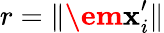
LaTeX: r=\Vert\textbf{\em x}_{i}^{\prime}\Vert